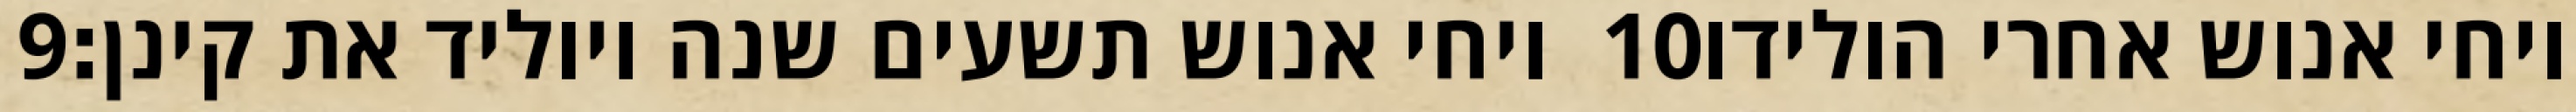
‎9‏ ויחי אנוש תשעים שנה ויוליד את קינן׃ ‎10‏ ויחי אנוש אחרי הולידו